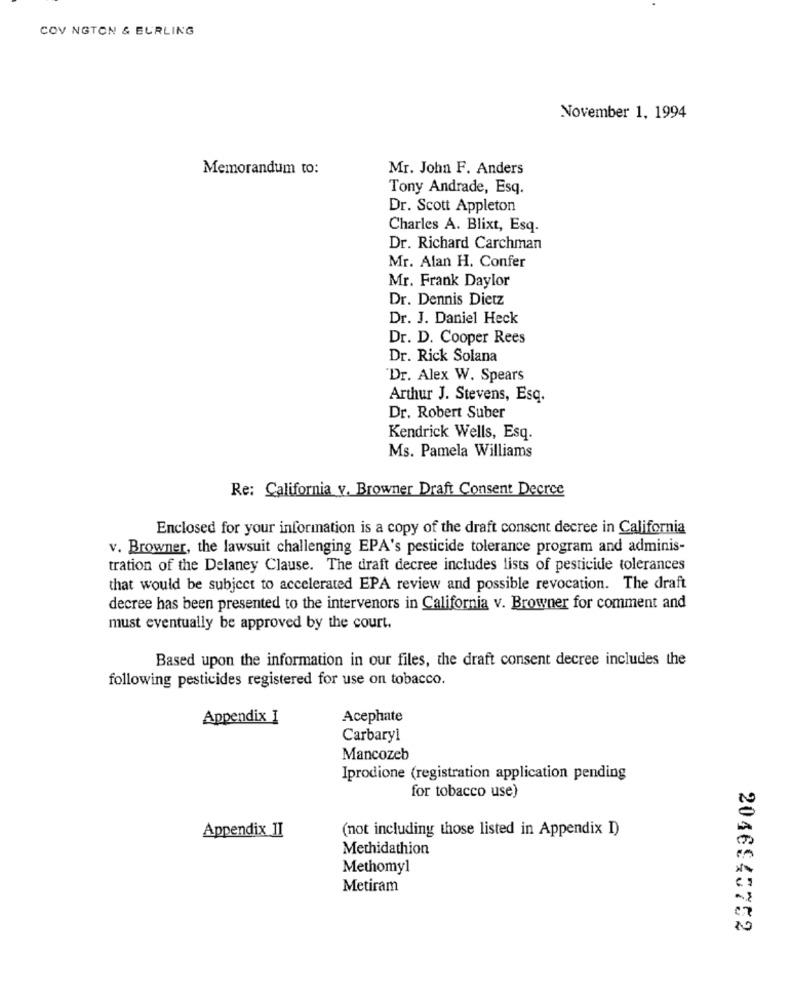
COV NGTON & BURLING
November 1, 1994
Memorandum to:
Mr. John F. Anders
Tony Andrade, Esq.
Dr. Scott Appleton
Charles A. Blixt, Esq.
Dr. Richard Carchman
Mr. Alan H. Confer
Mr. Frank Daylor
Dr. Dennis Dietz
Dr. J. Daniel Heck
Dr. D. Cooper Rees
Dr. Rick Solana
Dr. Alex W. Spears
Arthur J. Stevens, Esq.
Dr. Robert Suber
Kendrick Wells, Esq.
Ms. Pamela Williams
Re: California v. Browner Draft Consent Decree
Enclosed for your information is a copy of the draft consent decree in California
v. Browner, the lawsuit challenging EPA's pesticide tolerance program and adminis-
tration of the Delaney Clause. The draft decree includes lists of pesticide tolerances
that would be subject to accelerated EPA review and possible revocation. The draft
decree has been presented to the intervenors in California v. Browner for comment and
must eventually be approved by the court.
Based upon the information in our files, the draft consent decree includes the
following pesticides registered for use on tobacco.
Appendix I
Acephate
Carbaryl
Mancozeb
Iprodione (registration application pending
for tobacco use)
Appendix JI
(not including those listed in Appendix I)
Methidathion
Methomyl
Metiram
2046945752